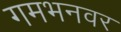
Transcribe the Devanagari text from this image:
गमभनवर